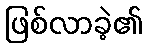
ဖြစ်လာခဲ့၏